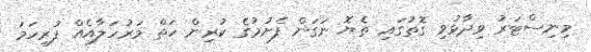
މިނިސްޓަރު ވިދާޅުވި ގޮތުގައި ތެޔޮ ނަގަން ފެށުމުގެ ކުރިން ހަތް މަރުހަލާއެއް ފުރިހަމަ